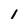
Character: 1